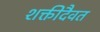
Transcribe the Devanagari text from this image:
शक्तीदैवत